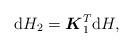
LaTeX: \begin{gather*}\mathrm{d} H_2 =\boldsymbol{K}_1^T\mathrm{d} H ,\end{gather*}